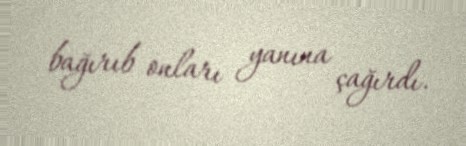
bağırıb onları yanına çağırdı.